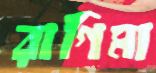
রাগিমা